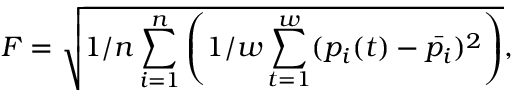
F = \sqrt { 1 / n \sum _ { i = 1 } ^ { n } \left( 1 / w \sum _ { t = 1 } ^ { w } ( p _ { i } ( t ) - \Bar { p _ { i } } ) ^ { 2 } \right) } ,